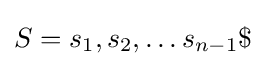
S=s_{1},s_{2},\ldots s_{n-1}\$